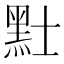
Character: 𪐢